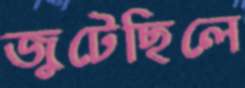
জুটেছিলে